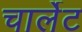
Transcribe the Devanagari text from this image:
चार्लेट